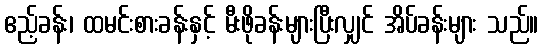
ဧည့်ခန်း၊ ထမင်းစားခန်းနှင့် မီးဖိုခန်းများပြီးလျှင် အိပ်ခန်းများ သည်။